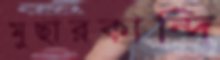
মুছারকান্দি